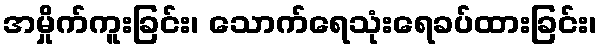
အမှိုက်ကူးခြင်း၊ သောက်ရေသုံးရေခပ်ထားခြင်း၊